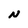
Character: N